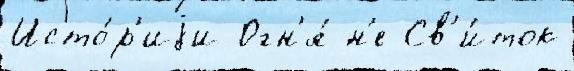
Исто́р'иjи Огн'я́ н'е Св'и́ток